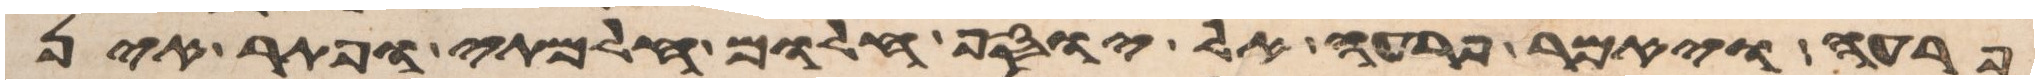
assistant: פרעה ויאמר פרעה אל יוסף חלום חלמתי ופתר אין